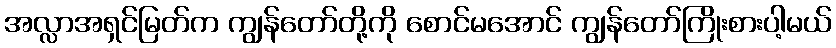
အလ္လာအရှင်မြတ်က ကျွန်တော်တို့ကို စောင်မအောင် ကျွန်တော်ကြိုးစားပါ့မယ်